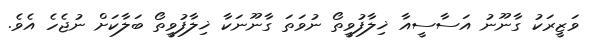
ވަޒީރަކު ގާނޫނު އަސާސީއާ ޚިލާފުވީތޯ ނުވަތަ ގާނޫނަކާ ޚިލާފުވީތޯ ބަލާކަށް ނުޖެހެ އެވެ.